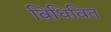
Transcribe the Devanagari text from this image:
विधिवित